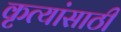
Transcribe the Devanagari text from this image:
कृत्यांसाठी